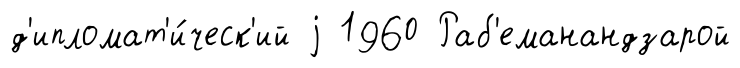
д'ипломат'и́ческ'ий j 1960 Раб'еманандзарой